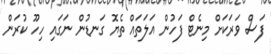
ފަސް ވަރަކަށް މިނެޓް ފަހުން އަލަތައް ތެޔޮ ގަނޑުން ނަގައި ހިހޫ ކުރަން